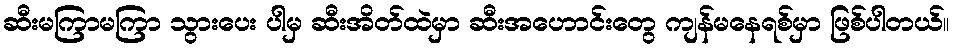
ဆီးမကြာမကြာ သွားပေး ပါမှ ဆီးအိတ်ထဲမှာ ဆီးအဟောင်းတွေ ကျန်မနေရစ်မှာ ဖြစ်ပါတယ်။